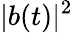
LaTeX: |b(t)|^{2}